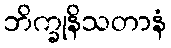
ဘိက္ခုနိသတာနံ